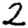
Digit: 2